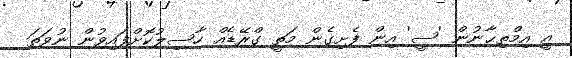
އީ އިމްތިޙާނުން 'ސީ' އިން ފެށިގެން މަތީ ގްރޭޑެއް ހާސިލުކޮށްފައިވުން ނުވަތަ